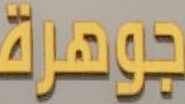
جوهرة